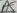
Text: A5